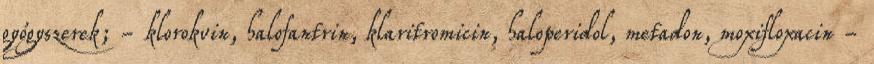
gyógyszerek; - klorokvin, halofantrin, klaritromicin, haloperidol, metadon, moxifloxacin -